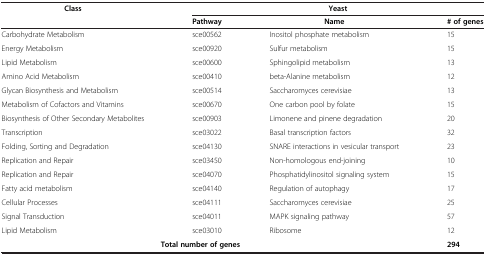
<table><thead><tr><td><b>Class</b></td><td colspan="3"><b>Yeast</b></td></tr><tr><td><b> </b></td><td><b>Pathway</b></td><td><b>Name</b></td><td><b># of genes</b></td></tr></thead><tbody><tr><td>Carbohydrate Metabolism</td><td>sce00562</td><td>Inositol phosphate metabolism</td><td>15</td></tr><tr><td>Energy Metabolism</td><td>sce00920</td><td>Sulfur metabolism</td><td>15</td></tr><tr><td>Lipid Metabolism</td><td>sce00600</td><td>Sphingolipid metabolism</td><td>13</td></tr><tr><td>Amino Acid Metabolism</td><td>sce00410</td><td>beta-Alanine metabolism</td><td>12</td></tr><tr><td>Glycan Biosynthesis and Metabolism</td><td>sce00514</td><td>Saccharomyces cerevisiae</td><td>13</td></tr><tr><td>Metabolism of Cofactors and Vitamins</td><td>sce00670</td><td>One carbon pool by folate</td><td>15</td></tr><tr><td>Biosynthesis of Other Secondary Metabolites</td><td>sce00903</td><td>Limonene and pinene degradation</td><td>20</td></tr><tr><td>Transcription</td><td>sce03022</td><td>Basal transcription factors</td><td>32</td></tr><tr><td>Folding, Sorting and Degradation</td><td>sce04130</td><td>SNARE interactions in vesicular transport</td><td>23</td></tr><tr><td>Replication and Repair</td><td>sce03450</td><td>Non-homologous end-joining</td><td>10</td></tr><tr><td>Replication and Repair</td><td>sce04070</td><td>Phosphatidylinositol signaling system</td><td>15</td></tr><tr><td>Fatty acid metabolism</td><td>sce04140</td><td>Regulation of autophagy</td><td>17</td></tr><tr><td>Cellular Processes</td><td>sce04111</td><td>Saccharomyces cerevisiae</td><td>25</td></tr><tr><td>Signal Transduction</td><td>sce04011</td><td>MAPK signaling pathway</td><td>57</td></tr><tr><td>Lipid Metabolism</td><td>sce03010</td><td>Ribosome</td><td>12</td></tr><tr><td colspan="3"><b>Total number of genes</b></td><td><b>294</b></td></tr></tbody></table>